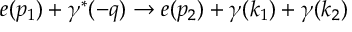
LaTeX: e ( p _ { 1 } ) + \gamma ^ { * } ( - q ) \to e ( p _ { 2 } ) + \gamma ( k _ { 1 } ) + \gamma ( k _ { 2 } )